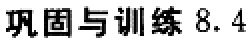
巩固与训练 8.4